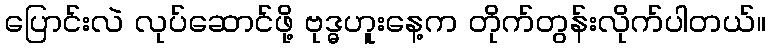
ပြောင်းလဲ လုပ်ဆောင်ဖို့ ဗုဒ္ဓဟူးနေ့က တိုက်တွန်းလိုက်ပါတယ်။